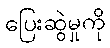
ပြေးဆွဲမှုကို